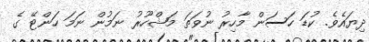
ދިޔައެވެ. ކުޑަ ހަސަން މާހިރު ނުވަތަ މަޝްހޫރު ނަމުން ނަމަ ހަންޓޭ ގެ